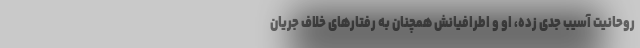
روحانیت آسیب جدی زده، او و اطرافیانش همچنان به رفتارهای خلاف جریان